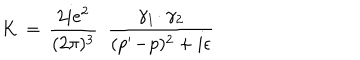
LaTeX: K \, = \, { \frac { 2 i e ^ { 2 } } { ( 2 \pi ) ^ { 3 } } } \, \, \, { \frac { \gamma _ { 1 } \! \cdot \gamma _ { 2 } } { ( p ^ { \prime } \! - \! p ) ^ { 2 } + i \epsilon } }